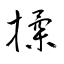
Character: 揉